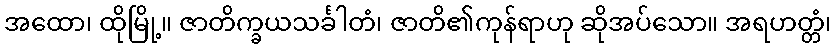
အထော၊ ထိုမြို့။ ဇာတိက္ခယသင်္ခါတံ၊ ဇာတိ၏ကုန်ရာဟု ဆိုအပ်သော။ အရဟတ္တံ၊